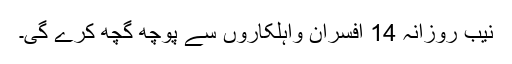
نیب روزانہ 14 افسران واہلکاروں سے پوچھ گچھ کرے گی۔